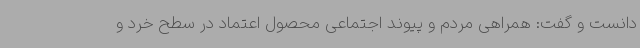
دانست و گفت: همراهی مردم و پیوند اجتماعی محصول اعتماد در سطح خرد و